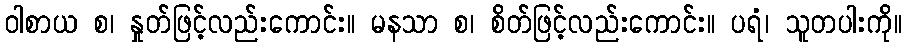
ဝါစာယ စ၊ နှုတ်ဖြင့်လည်းကောင်း။ မနသာ စ၊ စိတ်ဖြင့်လည်းကောင်း။ ပရံ၊ သူတပါးကို။